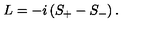
L = - i \left( S _ { + } - S _ { - } \right) .